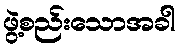
ဖွဲ့စည်းသောအခါ